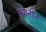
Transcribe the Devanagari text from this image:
त्यानीने